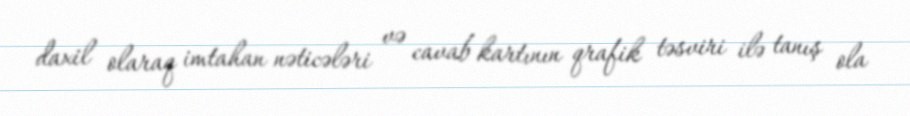
daxil olaraq imtahan nəticələri və cavab kartının qrafik təsviri ilə tanış ola